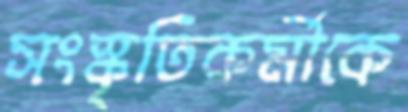
সংস্কৃতিকর্মীকে